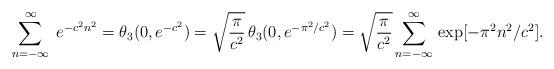
LaTeX: \begin{align*}\sum_{n=-\infty}^\infty\;e^{-c^2n^2}=\theta_3(0,e^{-c^2})=\sqrt{\frac{\pi}{c^2}}\,\theta_3(0,e^{-\pi^2/c^2})=\sqrt{\frac{\pi}{c^2}}\sum_{n=-\infty}^\infty\,\exp[-\pi^2n^2/c^2].\end{align*}